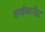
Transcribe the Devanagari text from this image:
हाईबरनेट